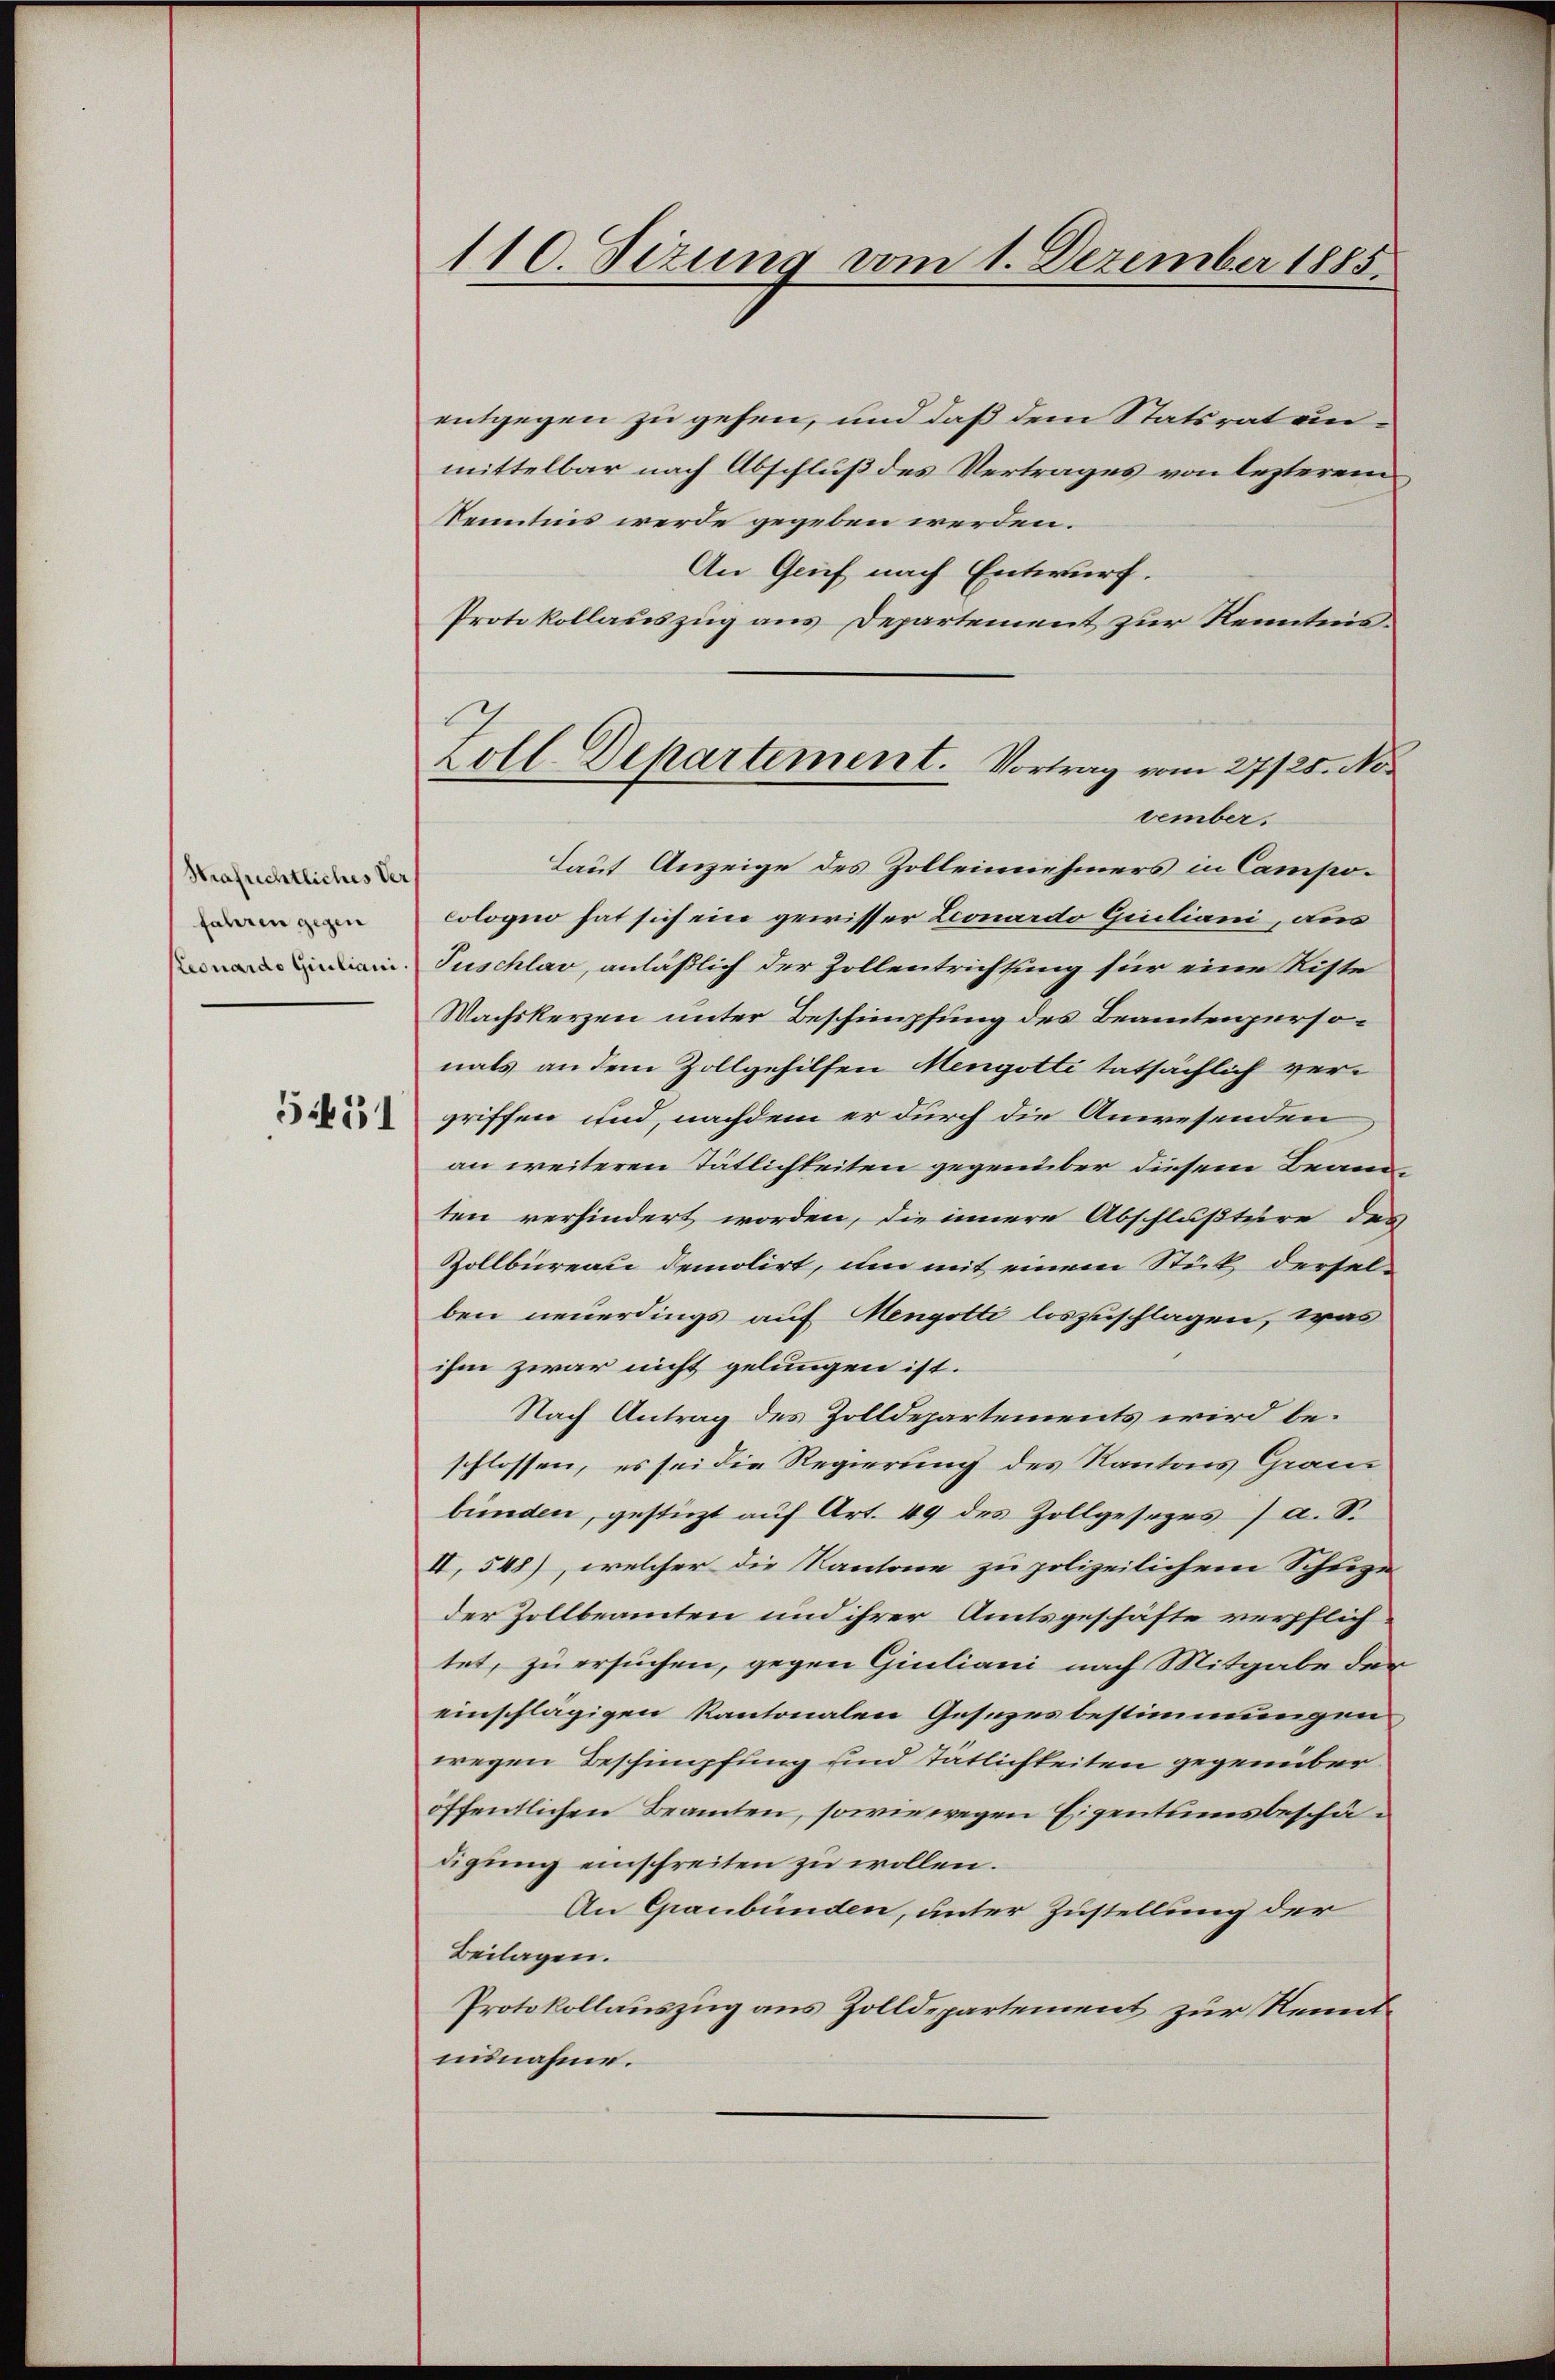
Strafrechtliches Ver
fahren gegen
5451

110. Sizung vom 1. Dezember 1885.

entgegen zu gehen, und daß dem Statsrat un
mittelbar nach Abschluß des Vertrages von lezterem
Kenntnis werde gegeben werden.
An Gruf nach Entwurf.
Protokollauszug aus Departement zur Kenntnisvember.
Lauf Anzeige des Zolleinehmers in Campocologno hat sich ein gewisser Leonardo Giuliani, aus
in Tuschlav, anläßlich der Zollentrichtung für eine Riste
Wachskerzen unter Beschimpfung des Beamtenpersonals an dem Zollgehilfen Mengotti tatsächlich ver-
griffen und, nachdem er durch die Anwesenden
an weiteren Tätlichkeiten gegenüber diesem Beamten verhindert worden, die innere Abschlußture des
Zollbüreau demolirt, um mit einem Stück dersel-
ben neuerdings auf Mengotte loszuschlagen, was
ihm zwar nicht gelungen ist.
Nach Antrag des Zolldepartements wird beschlossen, es sei die Regierung des Kantons Granz
bünden, gestüzt auf Art. 49 des Zollgeseers) a. S.
II, 548), welcher die Kantone zu polizeilichem Schuze
der Zollbeamten und ihrer Amtsgeschäfte verpflich-
tet, zu ersuchen, gegen Giuliani nach Mitgabe der
einschlägigen Kantonalen Gesezesbestimmungen,
wegen Beschimpfung und Tätlichkeiten gegenüber
öffentlichen Beamten, sowie wegen Eigentumsbeschädigung einschreiten zu wollen.
An Graubünden, unter Zustellung der
Beilagen.
Protokollauszug aus Zolldepartement zur Kenntunnahme.

Zoll-Departement. Vortrag vom 27/25. No.